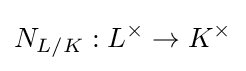
N_{L/K}:L^{\times }\to K^{\times }